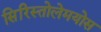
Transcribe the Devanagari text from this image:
सिरिस्तोलेमयोस